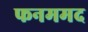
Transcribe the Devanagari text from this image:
फनममद